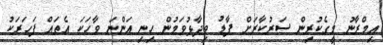
އިމްރާނު މީގެކުރިން ސަރުކާރަށް ފާޑު ވިދާޅުވަމުން ހިނި އަންނަ ވާހަކަ އެތައް ފަހަރަކު